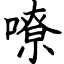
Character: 嘹